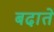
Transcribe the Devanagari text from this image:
बढा़ते